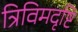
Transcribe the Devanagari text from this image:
त्रिविमदृष्टि